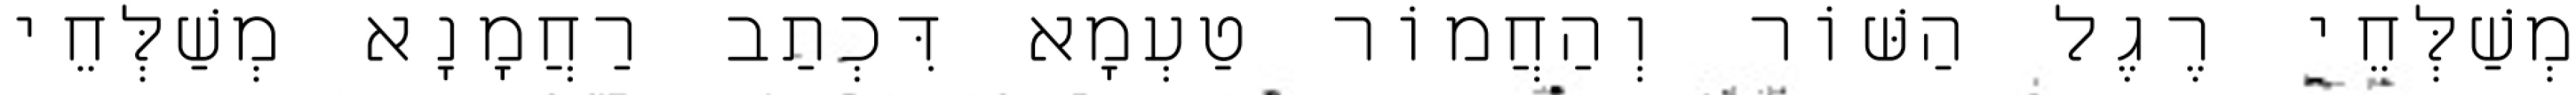
מְשַׁלְּחֵי רֶגֶל הַשּׁוֹר וְהַחֲמוֹר טַעְמָא דִּכְתַב רַחֲמָנָא מְשַׁלְּחֵי